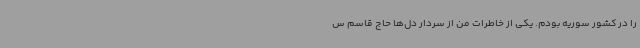
را در کشور سوریه بودم. یکی از خاطرات من از سردار دل‌ها حاج قاسم س